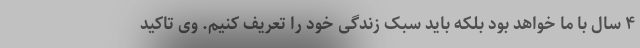
۴ سال با ما خواهد بود بلکه باید سبک زندگی خود را تعریف کنیم. وی تاکید